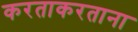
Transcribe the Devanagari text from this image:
करताकरताना